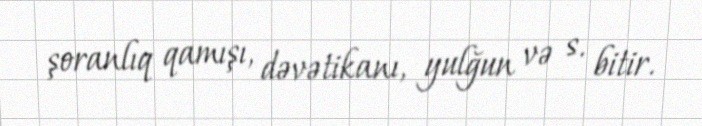
şoranlıq qamışı, dəvətikanı, yulğun və s. bitir.